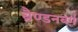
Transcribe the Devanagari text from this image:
ब्रैण्डनबर्ग